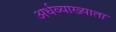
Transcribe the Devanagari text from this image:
अर्धव्याख्याता